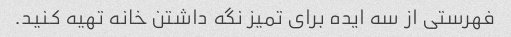
فهرستی از سه ایده برای تمیز نگه داشتن خانه تهیه کنید.